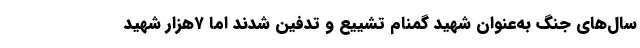
سال‌های جنگ به‌عنوان شهید گمنام تشییع و تدفین شدند اما ۷هزار شهید